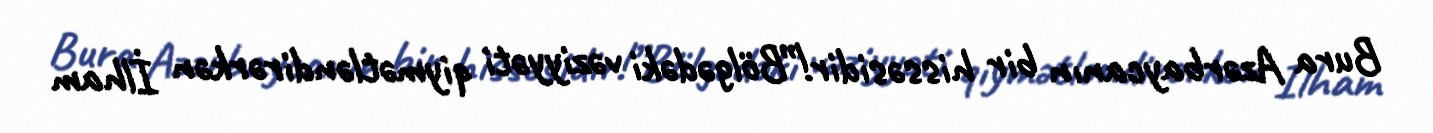
Bura Azərbaycanın bir hissəsidir!”Bölgədəki vəziyyəti qiymətləndirərkən İlham